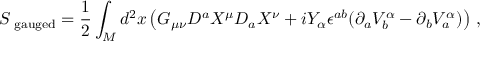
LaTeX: S _ { { \mathrm { \scriptsize ~ { g a u g e d } } } } = \frac 1 2 \int _ { M } d ^ { 2 } x \left( G _ { \mu \nu } D ^ { a } X ^ { \mu } D _ { a } X ^ { \nu } + i Y _ { \alpha } \epsilon ^ { a b } ( \partial _ { a } V _ { b } ^ { \alpha } - \partial _ { b } V _ { a } ^ { \alpha } ) \right) \, ,